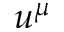
u ^ { \mu }